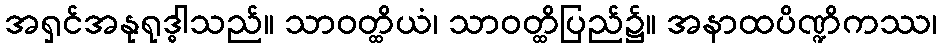
အရှင်အနုရုဒ္ဓါသည်။ သာဝတ္ထိယံ၊ သာဝတ္ထိပြည်၌။ အနာထပိဏ္ဍိကဿ၊